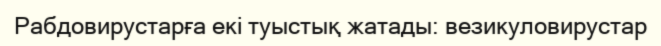
Рабдовирустарға екі туыстық жатады: везикуловирустар